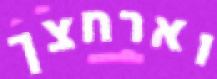
וארחצך